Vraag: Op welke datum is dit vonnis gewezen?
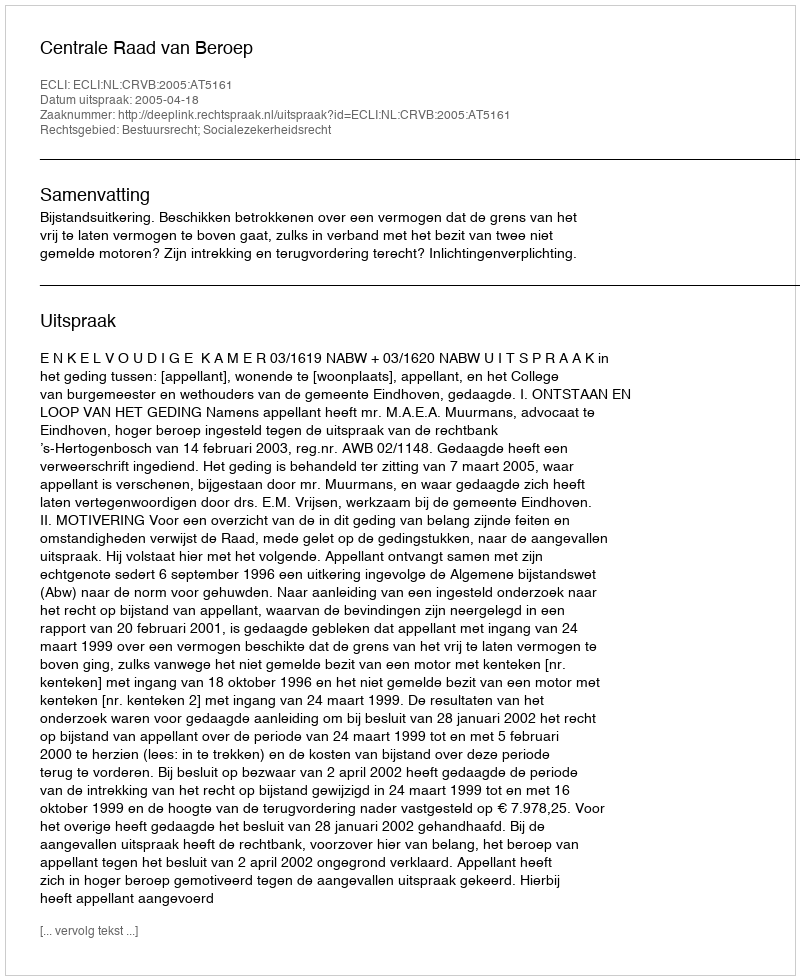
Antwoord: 2005-04-18